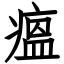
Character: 瘟